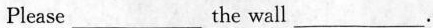
Please___the wall___.